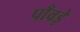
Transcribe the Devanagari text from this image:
पाँवड़े